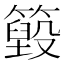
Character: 𥵓